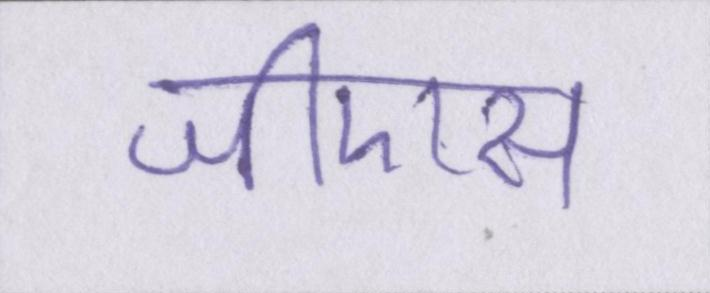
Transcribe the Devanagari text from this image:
जीएस